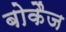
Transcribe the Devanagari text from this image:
बोकैज